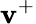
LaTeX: \mathbf{v}^{+}